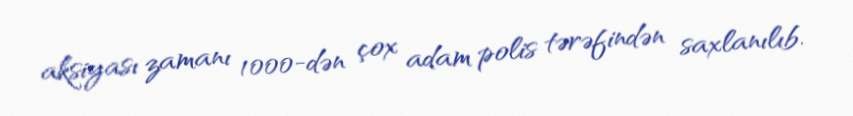
aksiyası zamanı 1000-dən çox adam polis tərəfindən saxlanılıb.